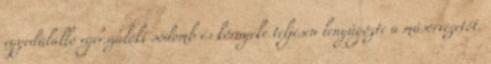
egyedülálló egerszalóki sódomb és környéke teljesen lenyűgözte a műsorvezetőt.